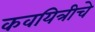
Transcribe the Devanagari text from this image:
कवयित्रीचे